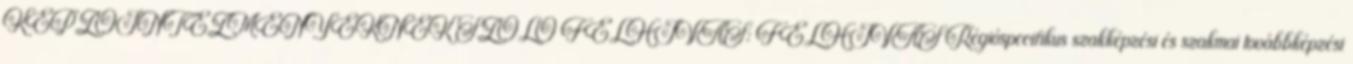
KÉPZŐINTÉZMÉNYEKNEK SZÓLÓ FELHÍVÁS: FELHÍVÁS Régióspecifikus szakképzési és szakmai továbbképzési